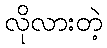
လိုလားတဲ့